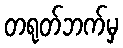
တရုတ်ဘက်မှ